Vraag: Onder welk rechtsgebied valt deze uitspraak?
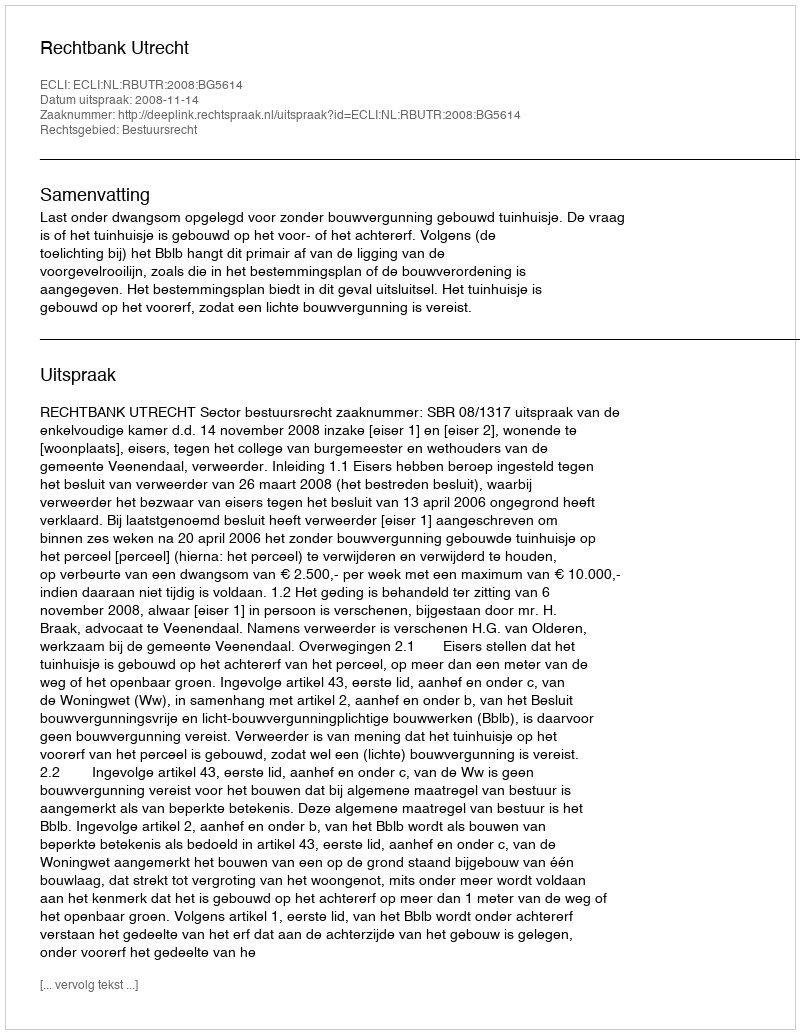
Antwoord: Bestuursrecht